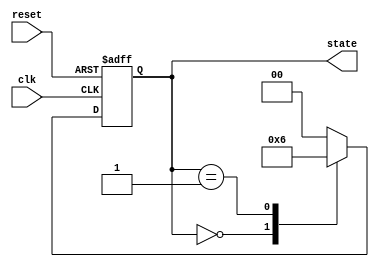
module timer_example (
    input wire clk,         // Clock input
    input wire reset,       // Asynchronous reset
    output reg [1:0] state  // 2-bit state output
);

    // State encoding
    localparam STATE_0 = 2'b00;
    localparam STATE_1 = 2'b01;
    localparam STATE_2 = 2'b10;

    // Initial state
    initial begin
        state = STATE_0;
    end

    // State transition process
    always @(posedge clk or posedge reset) begin
        if (reset) begin
            state <= STATE_0; // Reset to initial state
        end else begin
            case (state)
                STATE_0: begin
                    // Transition to STATE_1 after 5 time units
                    #5 state <= STATE_1;
                end
                STATE_1: begin
                    // Transition to STATE_2 after 10 time units
                    #10 state <= STATE_2;
                end
                STATE_2: begin
                    // Transition back to STATE_0 after 3 time units
                    #3 state <= STATE_0;
                end
                default: state <= STATE_0; // Default case
            endcase
        end
    end

endmodule